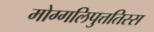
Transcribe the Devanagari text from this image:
मोग्गलिपुत्ततिस्स